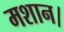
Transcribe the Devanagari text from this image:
मशान।